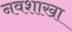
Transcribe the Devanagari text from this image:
नवशाखा